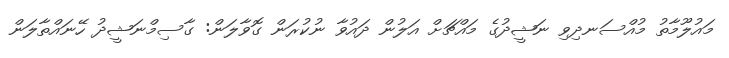
މައުލޫމާތު މުއްސަނދިވި ނަޝީދުގެ މައްޗަށް އަލުން ދައުވާ ނުކުރަން ގޮވާލަން: ގާސިމްނަޝީދު ހޭނައްތާލަން